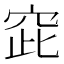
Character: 𱶸